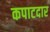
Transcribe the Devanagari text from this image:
कपाटदार